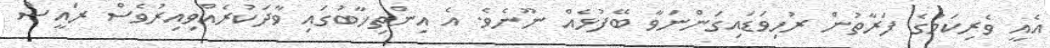
އެއީ ވެރިކަމުގެ ފަރާތުން ރުހިވަޑައިގަންނަވާ ބޭފުޅެއް ނޫނެވެ. އެ އިންތިޚާބުގައި ވާދަކުރެއްވިއިރުވެސް ރައީސް